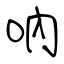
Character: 吶